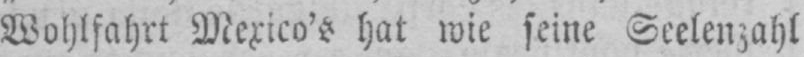
Wohlfahrt Mexico’s hat wie seine Seelenzahl